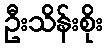
ဦးသိန်းစိုး